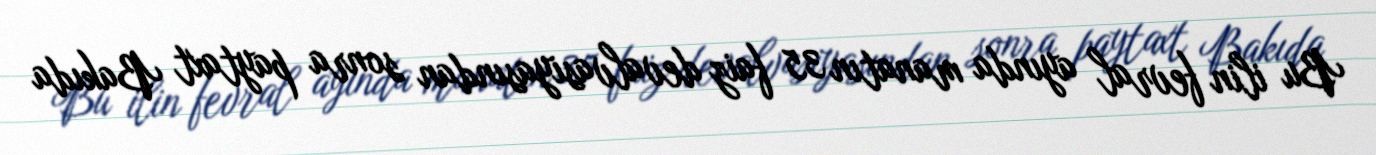
Bu ilin fevral ayında manatın 35 faiz devalvasiyasından sonra paytaxt Bakıda